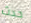
حدث